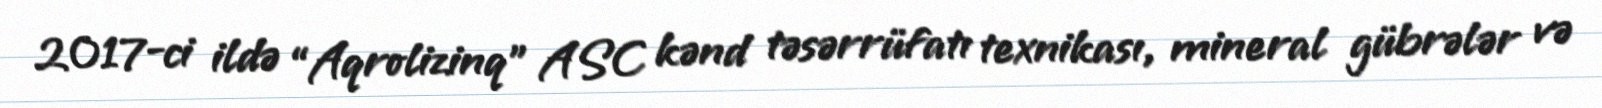
2017-ci ildə “Aqrolizinq” ASC kənd təsərrüfatı texnikası, mineral gübrələr və